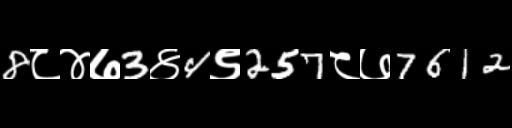
Text: 8८४७3४4९257८७7612